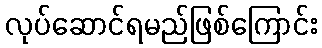
လုပ်ဆောင်ရမည်ဖြစ်ကြောင်း